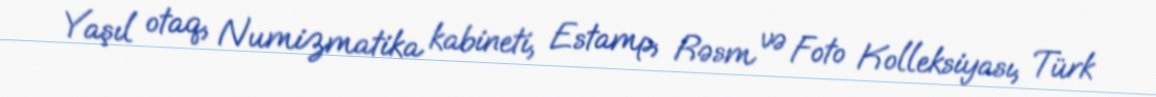
Yaşıl otaq, Numizmatika kabineti, Estamp, Rəsm və Foto Kolleksiyası, Türk